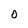
Character: 0